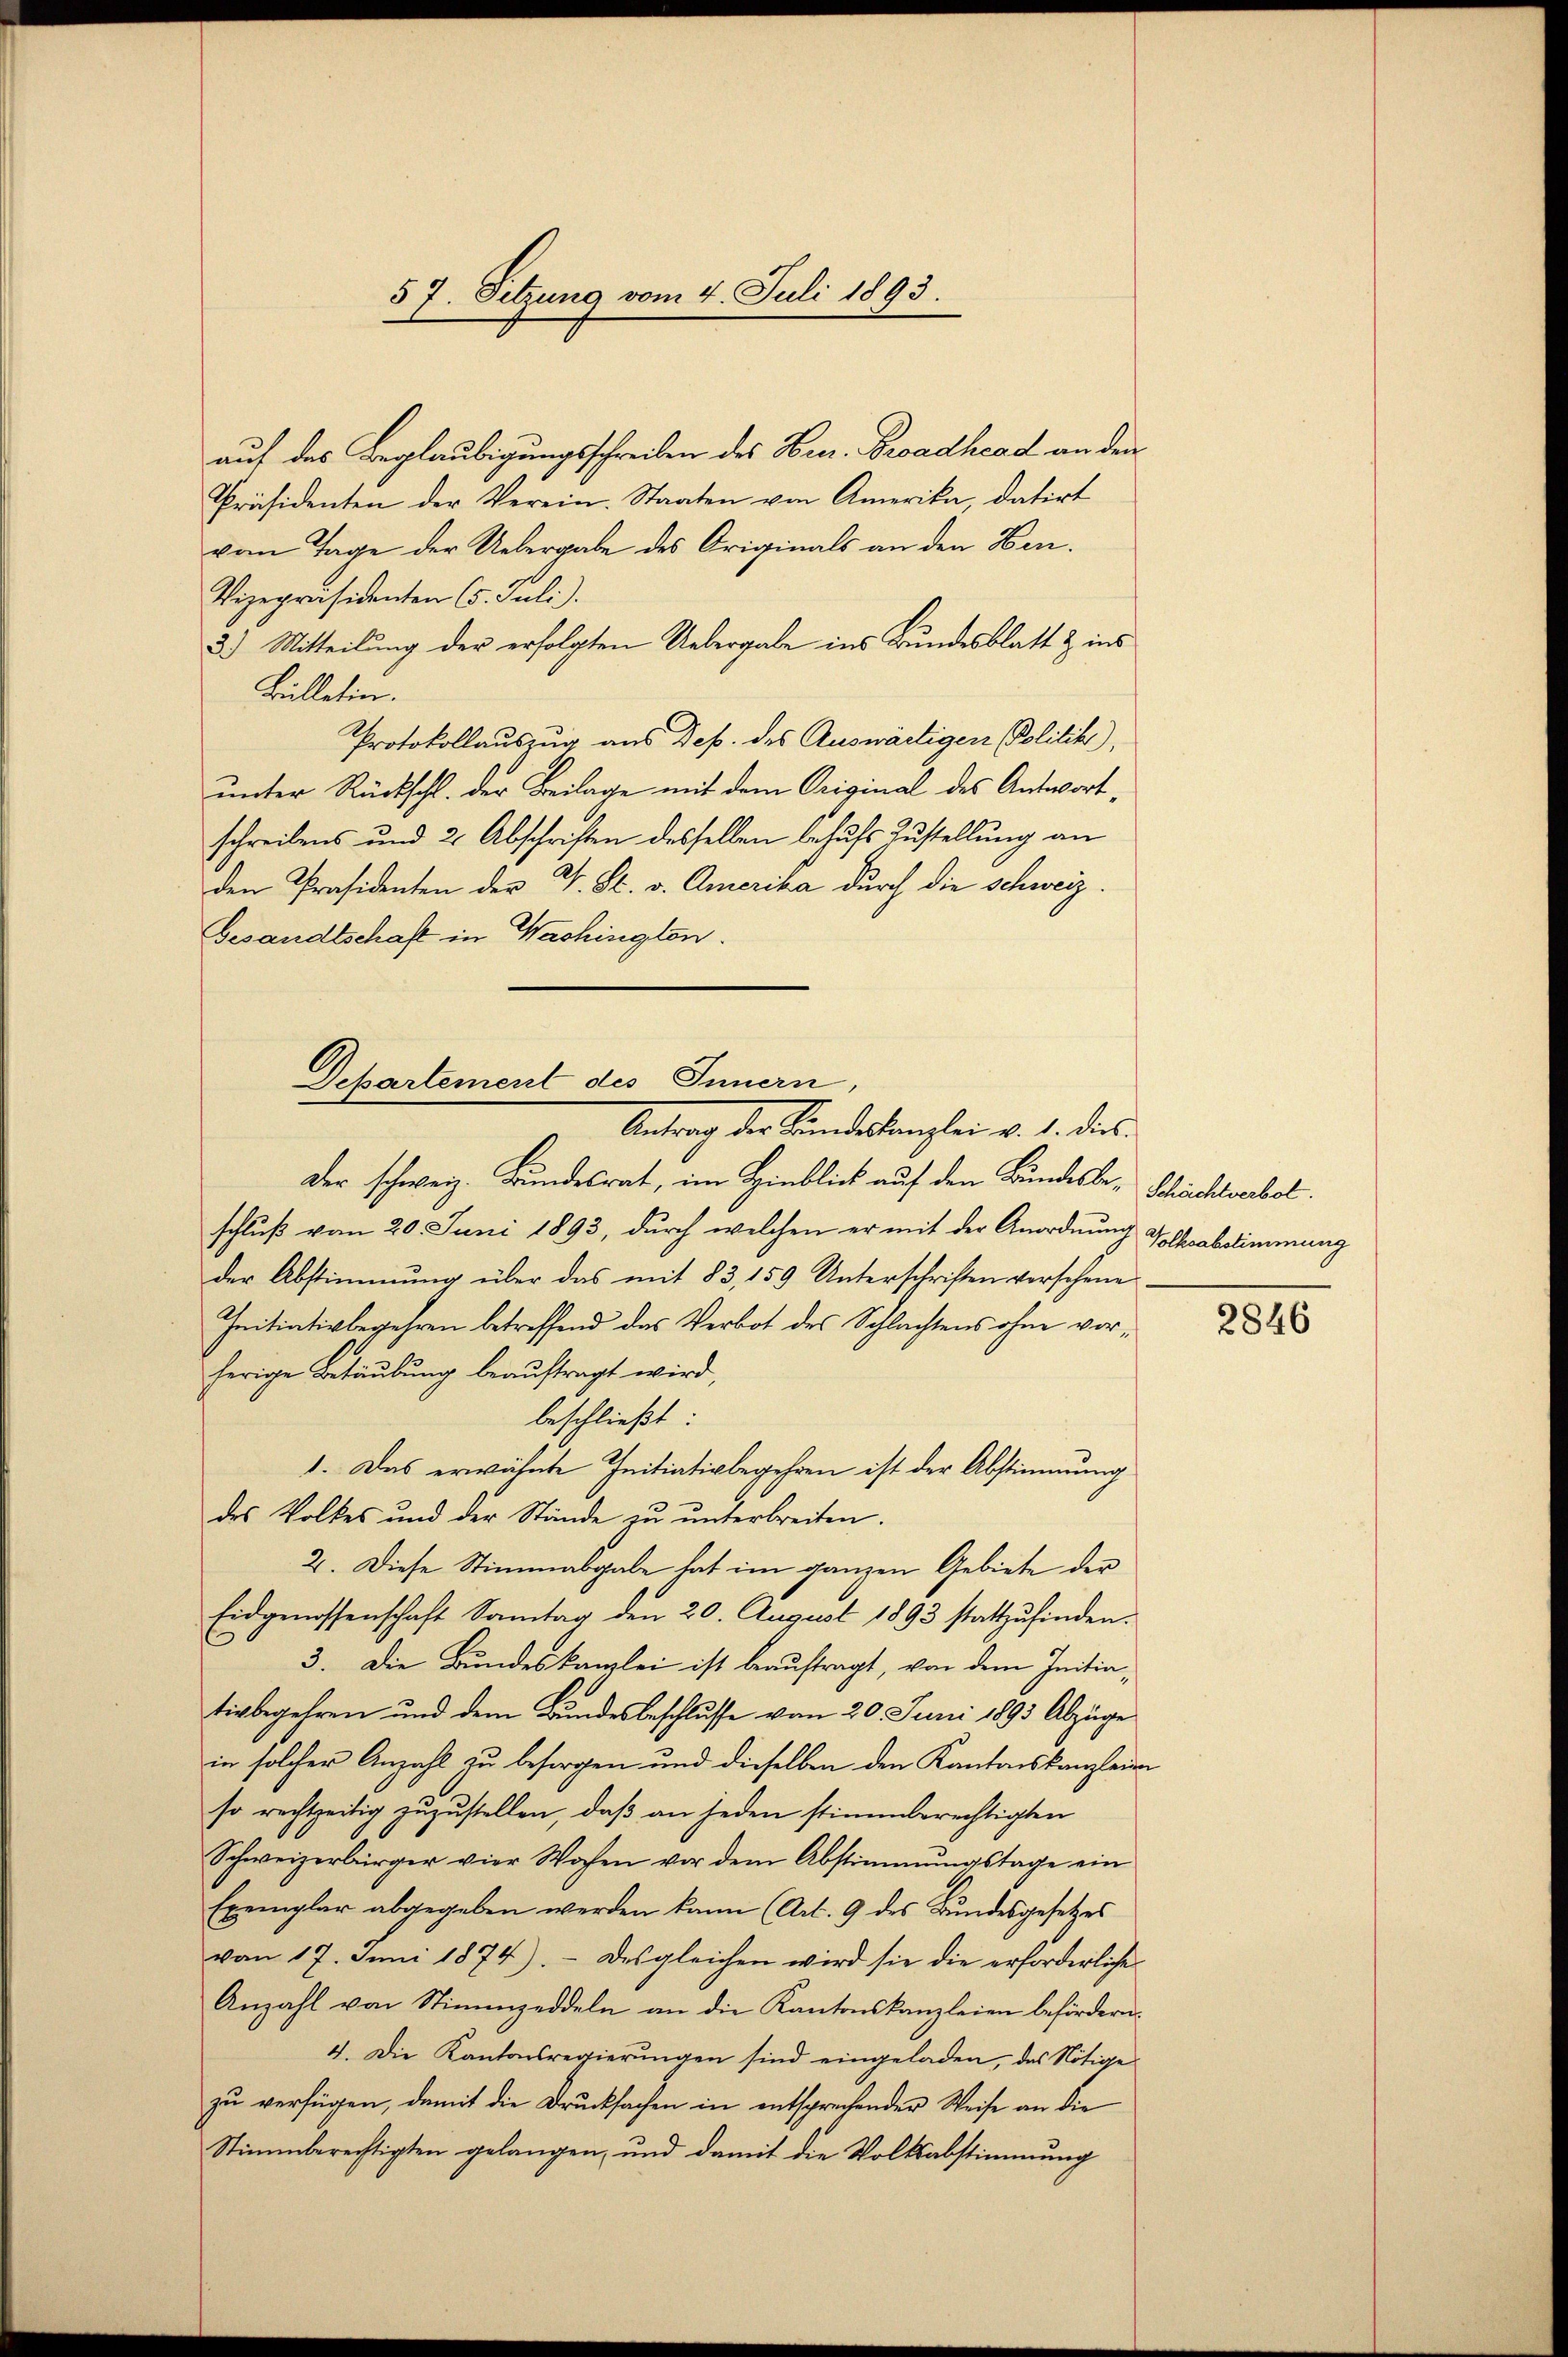
57. Setzung vom 4. Juli 1893.

auf das Beglaubigungsschreiben des Herr. Broadhead an den
Präsidenten der Verein. Staaten von Amerika, datirt
von Tage der Uebergabe des Originals an den Han¬
Vizepräsidenten (5. Juli).
3.) Mitteilung der erfolgten Uebergabe ins Bundesblatt & ins
Bülletin.
Protokollauszug aus Dep. des Auswärtigen Politik,
ŭnter Rückschl. der Beilage mit dem Original des Antwort,
schreibens und 2 Abschriften desselben behufs Zustellung an
den Präsidenten der L. St. v. Amerika durch die Schweiz
Gesandtschaft in Wachington.
Der schweiz. Bundesrat, im Hinblick auf den Bundesbe-Schichtserbal
schluß vom 20. Juni 1893, durch welchen er mit der Anordnung Volksabstimmung
der Abstimmung über das mit 83, 159 Unterschriften verschene
Initiativbegehren betreffend das Verbot des Schlachtens ohne vorherige Betäubung beauftragt wird,
beschließt
1. Das erwähnte Initiativbegehren ist der Abstimmung
des Volkes und der Stände zŭ ŭnterbreiten.
2. Diese Stimmabgabe hat im ganzen Gebiete der
Eidgenossenschaft Sonntag den 20. August 1893 stattzŭfinden.
3. Die Bundeskanzlei ist beauftragt, von dem Initiativbegehren und dem Bundesbeschlusse vom 20. Juni 1893 Abzüge
in solcher Anzahl zu besorgen und dieselben den Kantonskanzleinso rechtzeitig zŭzŭstellen, daβ an jeden stimmberechtigten
Schweizerbürger vier Wochen vor dem Abstimmungstage ein
Exemplar abgegeben werden kann (Art. 9 des Bŭndesgesetzes
vom 17. Juni 1874). Desgleichen wird sie die erforderliche
Anzahl von Stimmzeddeln an die Kantonskanzleien befördern.
4. Die Kantonsregierŭngen sind eingeladen, das Nötige
zu verfügen, damit die Drucksachen in entsprechender Weise an die
Stimmberechtigten gelangen, und damit die Volksabstimmung

Departement des Innern,
Antrag der Kundeskanzlei v. 1. dies

2846